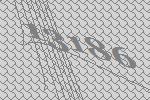
13186